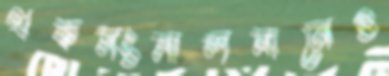
থকসংসালমানেগু